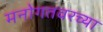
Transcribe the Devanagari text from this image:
मनोगतवरच्या